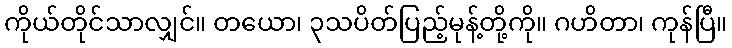
ကိုယ်တိုင်သာလျှင်။ တယော၊ ၃သပိတ်ပြည့်မုန့်တို့ကို။ ဂဟိတာ၊ ကုန်ပြီ။